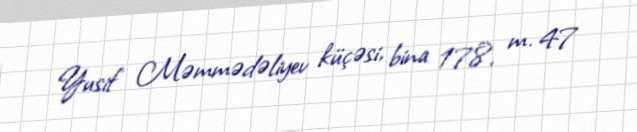
Yusif Məmmədəliyev küçəsi, bina 178, m. 47